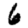
Digit: 6